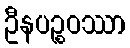
ဦနပဉ္စဝဿာ